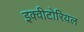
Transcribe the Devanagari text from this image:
इक्वीटोरियल